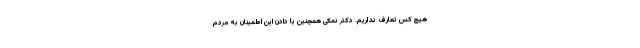
هیچ کس تعارف نداریم. دکتر نمکی همچنین با دادن این اطمینان به مردم